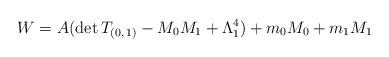
LaTeX: \begin{align*}W=A(\mathrm{det}\,T_{(0,\,1)}-M_{0}M_{1}+\Lambda _{1}^{4})+m_{0}M_{0}+m_{1}M_{1}\end{align*}